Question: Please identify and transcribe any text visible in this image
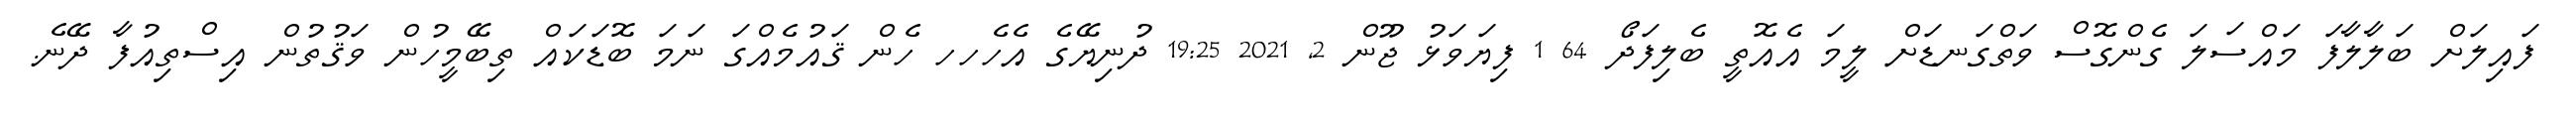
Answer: ފައިލަށް ބަލާލާފަ މައްސަލަ ގެންގޮސް ވަތްގަނޑަށް ލީމަ އެއޮތީ ބެލިފަދޯ 64 1 ފިޔަވަޅު ޖޫން 2, 2021 19:25 ދުނިޔޭގެ އެހެހހ ހެން ޤައުމެއްގަ ނަމަ ބޮޑަކައް ތިބޭމީހުން ވަޤުތުން އިސްތިއުފާ ދޭނެ.